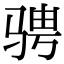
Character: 骋